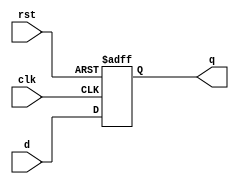
module flip_flop #(parameter n = 32) (
    input wire clk,
    input wire rst,
    input wire [n-1:0] d,
    output reg [n-1:0] q
);

always @(posedge clk or posedge rst) begin
    if (rst) begin
        q <= 'b0;
    end
    else begin
        q <= d; 
    end
end

endmodule